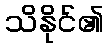
သိနိုင်၏